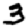
Digit: 3